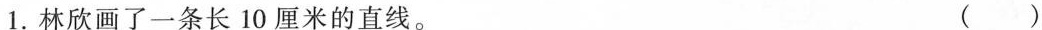
1.林欣画了一条长10厘米的直线。 ( )